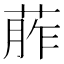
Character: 葄